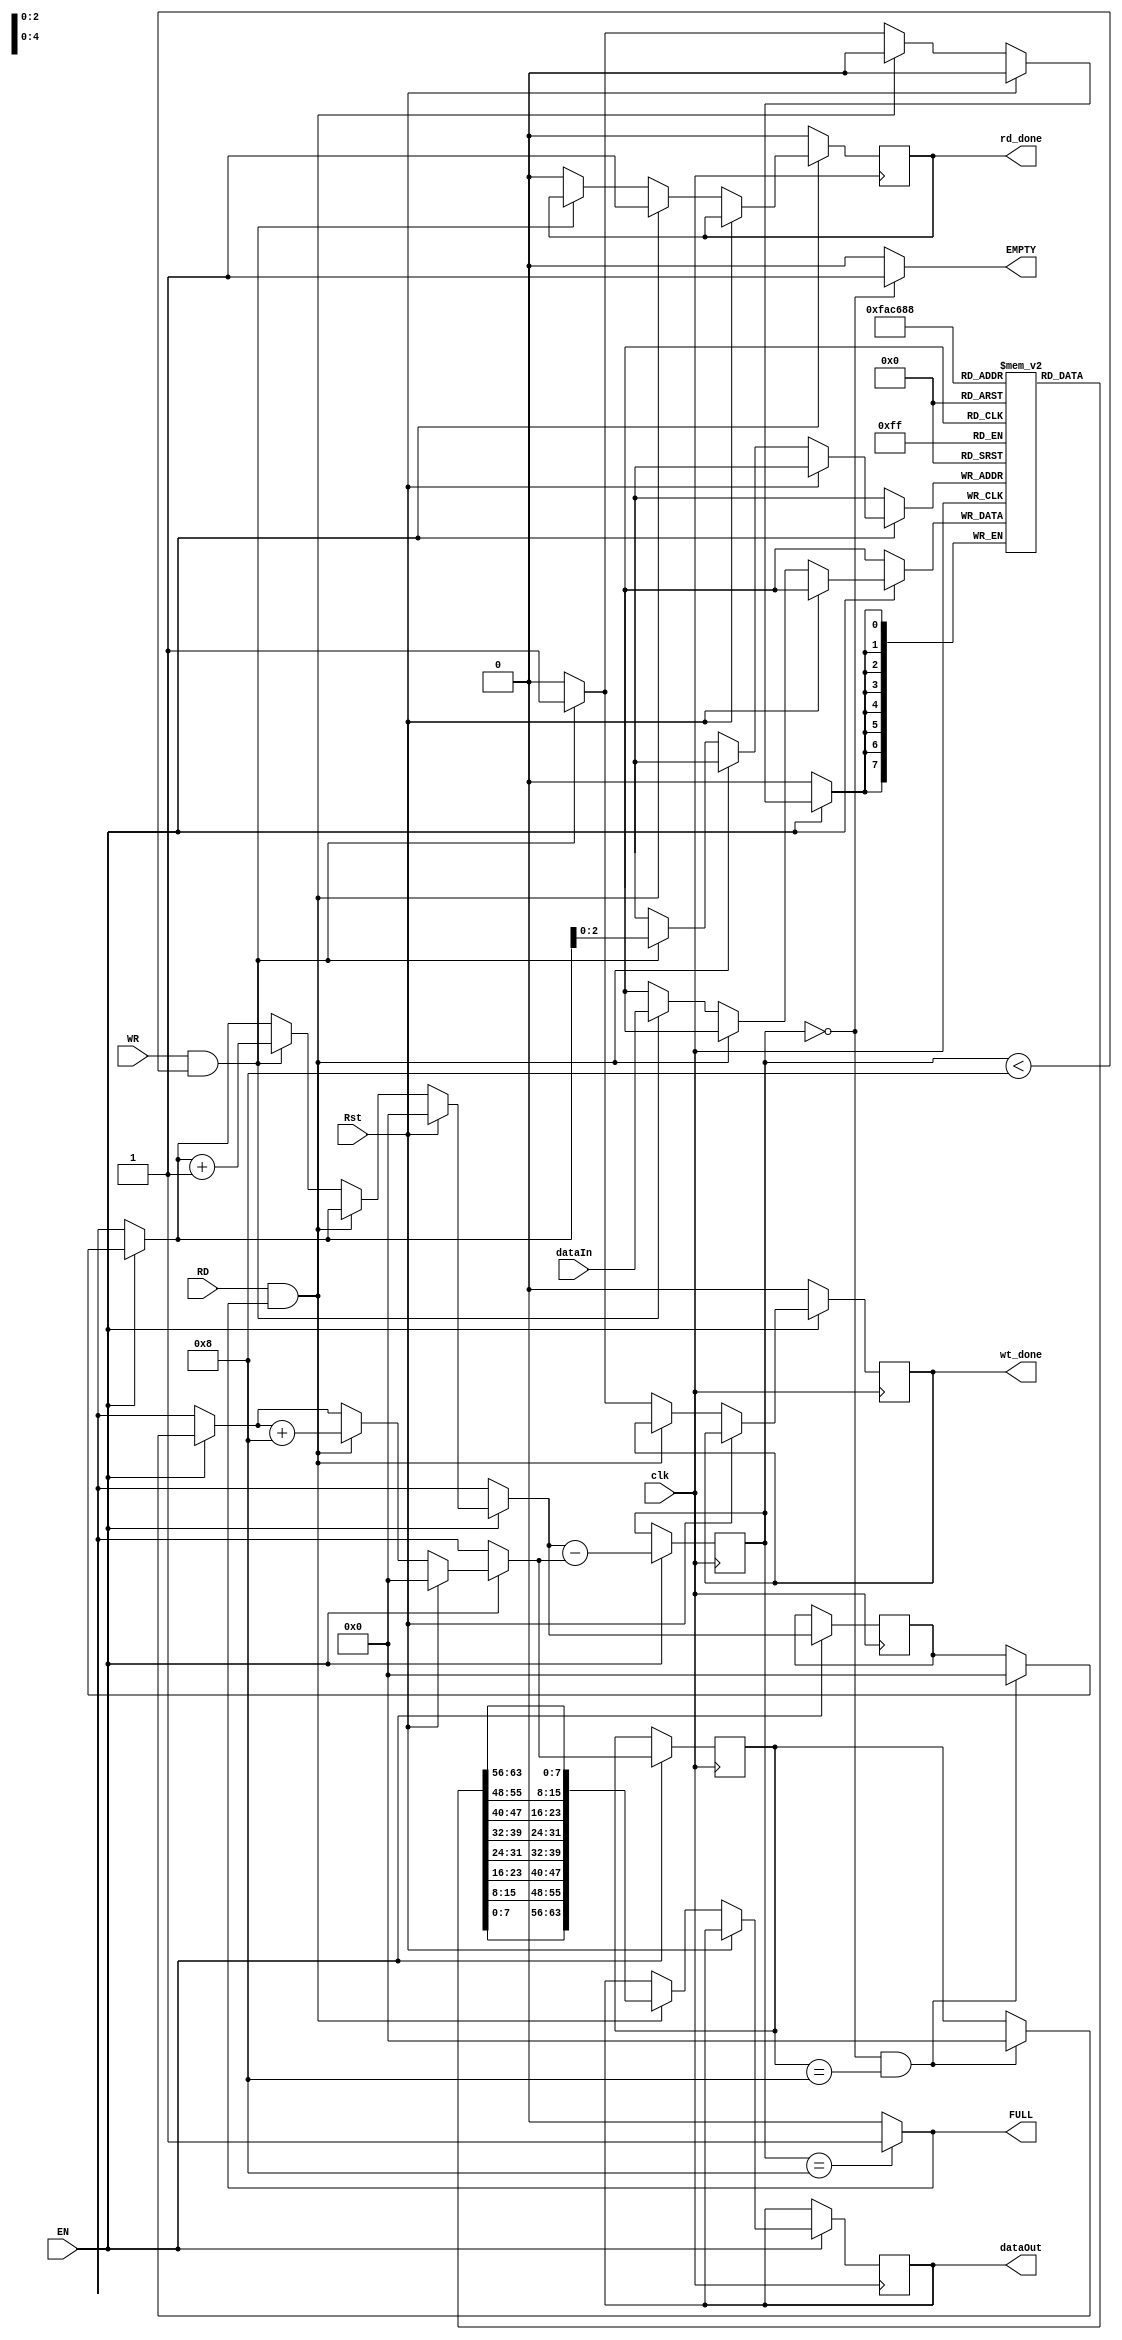
`timescale 1ns / 1ps

module FIFO_64bit(clk, dataIn, RD, WR, EN, dataOut, Rst, EMPTY, FULL, wt_done, rd_done); 

input  clk, RD, WR, EN, Rst;
output  EMPTY, FULL;
output reg wt_done = 0;
output reg rd_done = 0;
input   [7:0]    dataIn;
output reg [63:0] dataOut; // internal registers 
reg [4:0]  Count = 0; 
reg [7:0] FIFO [0:7]; 
reg [4:0]  readCounter = 0, 
            writeCounter = 0;
assign EMPTY = (Count==0)? 1'b1:1'b0; 
assign FULL = (Count==8)? 1'b1:1'b0; 

always @ (posedge clk) begin 

if (EN==0) begin
    wt_done = 0;
    rd_done = 0;
    end 
 else begin 
  if (Count == 0 && readCounter == 8) begin
     readCounter = 0;
     writeCounter = 0;
  end
  
  
  if (Rst) begin 
   readCounter = 0; 
   writeCounter = 0;
   Count = 0;
  end 
 
  else if (RD ==1'b1 && FULL==1) begin 
   dataOut  = {FIFO[0], FIFO[1], FIFO[2], FIFO[3], FIFO[4], FIFO[5], FIFO[6], FIFO[7]}; 
   readCounter = readCounter+8;
   rd_done = 1;
  end 

  else if (WR==1'b1 && Count<8) begin
   FIFO[writeCounter]  = dataIn; 
   writeCounter  = writeCounter+1; 
   wt_done = 1;
  end 

  else begin
   wt_done = 0;
   rd_done = 0; 
  end 
    
  Count= writeCounter-readCounter; 
 
end
end 

endmodule